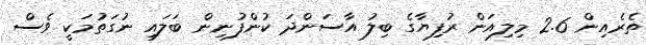
ތެރެއިން 2.6 މިލިއަން ރުފިޔާގެ ބިލު އާސަންދަ ކުންފުނިން ބަލައި ނުގަތުމަކީ ވެސް